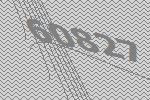
60827